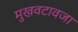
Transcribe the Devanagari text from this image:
मुखवटावजा